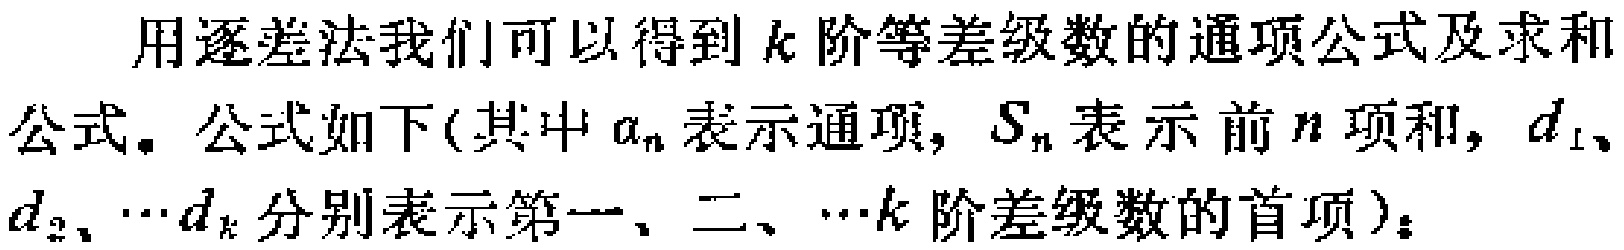
用逐差法我们可以得到 \(k\) 阶等差级数的通项公式及求和公式。公式如下(其中 \(a_{n}\) 表示通项, \(S_{n}\) 表示前 \(n\) 项和, \(d_{1}\)、\(d_{2}\)、\(\cdots d_{k}\) 分别表示第一、二、\(\cdots k\) 阶差级数的首项)：